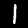
Label: 1